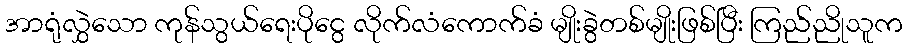
အာရုံလွှဲသော ကုန်သွယ်ရေးပိုငွေ လိုက်လံကောက်ခံ မျိုးခွဲတစ်မျိုးဖြစ်ပြီး ကြည်ညိုသူက